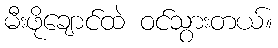
မီးဖိုချောင်ထဲ ဝင်သွားတယ်။